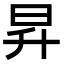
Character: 昇